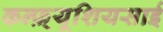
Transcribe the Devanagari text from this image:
कन्फ़्यूशियसाई